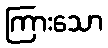
ကြားသော